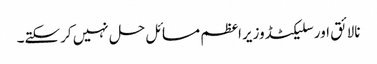
نالائق اورسلیکٹڈوزیراعظم مسائل حل نہیں کرسکتے۔